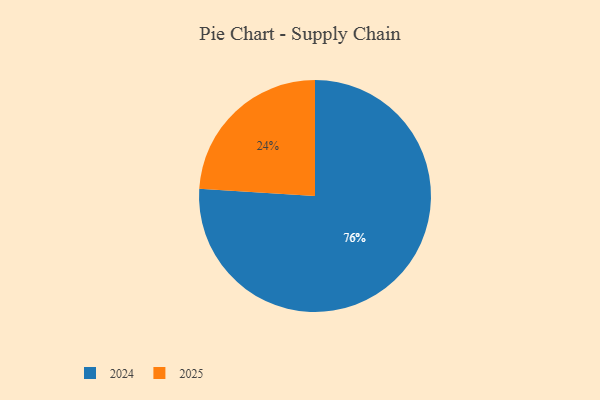
{"axis": {"x": "Category", "y": "Percentage"}, "legend": ["2024", "2025"], "data": [{"x": "2024", "y": 76, "type": "2024"}, {"x": "2025", "y": 24, "type": "2025"}]}